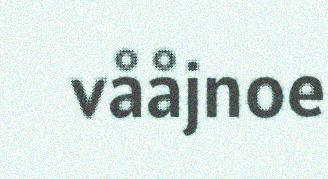
vååjnoe